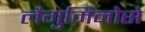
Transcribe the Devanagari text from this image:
लैगुमिनोसे